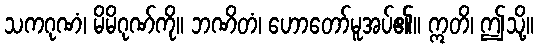
သကဂုဏံ၊ မိမိဂုဏ်ကို။ ဘဏိတံ၊ ဟောတော်မူအပ်၏။ ဣတိ၊ ဤသို့။